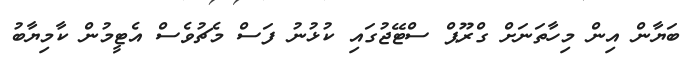
ބަޔާން އިން މިހާތަނަށް ގްރޫޕް ސްޓޭޖުގައި ކުޅުނު ފަސް މެޗުވެސް އެޓީމުން ކާމިޔާބު